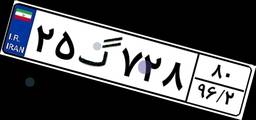
۶۰گ۴۴۳۵۶